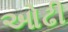
ઓઢી